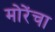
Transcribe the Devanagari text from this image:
मोरेंचा